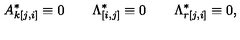
A _ { k [ j , i ] } ^ { * } \equiv 0 \qquad \Lambda _ { [ i , j ] } ^ { * } \equiv 0 \qquad \Lambda _ { r [ j , i ] } ^ { * } \equiv 0 ,